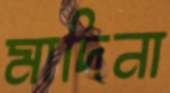
মাদিনা